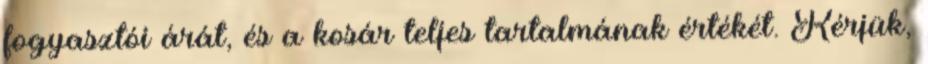
fogyasztói árát, és a kosár teljes tartalmának értékét. Kérjük,